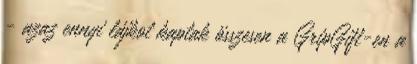
- azaz ennyi lájkot kaptak összesen a GripGift-en a